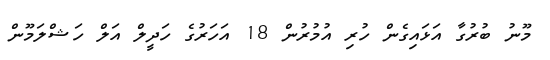
މޫނު ބުރުގާ އަޅައިގެން ހުރި އުމުރުން 18 އަހަރުގެ ހަދީލް އަލް ހަޝްލަމޫން